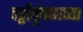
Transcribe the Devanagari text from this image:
पट्टीचुंबकाच्या